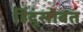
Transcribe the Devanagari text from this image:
हिंदूंसोबत